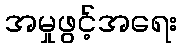
အမှုဖွင့်အရေး